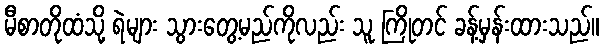
မီစာတိုထံသို့ ရဲများ သွားတွေ့မည်ကိုလည်း သူ ကြိုတင် ခန့်မှန်းထားသည်။